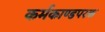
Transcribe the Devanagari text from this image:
कर्मकाण्डपरक